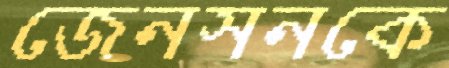
জেনসনকে